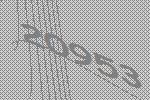
20953